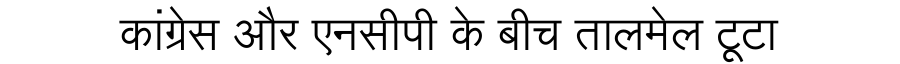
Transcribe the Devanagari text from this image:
कांग्रेस और एनसीपी के बीच तालमेल टूटा